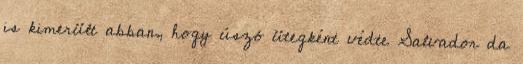
is kimerült abban, hogy úszó ütegként védte Salvador da